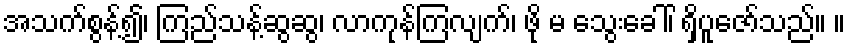
အသက်စွန့်၍၊ ကြည်သန့်ဆွဆွ၊ လာကုန်ကြလျက်၊ ဖို မ သွေးခေါ်၊ ရှိပူဇော်သည်။ ။